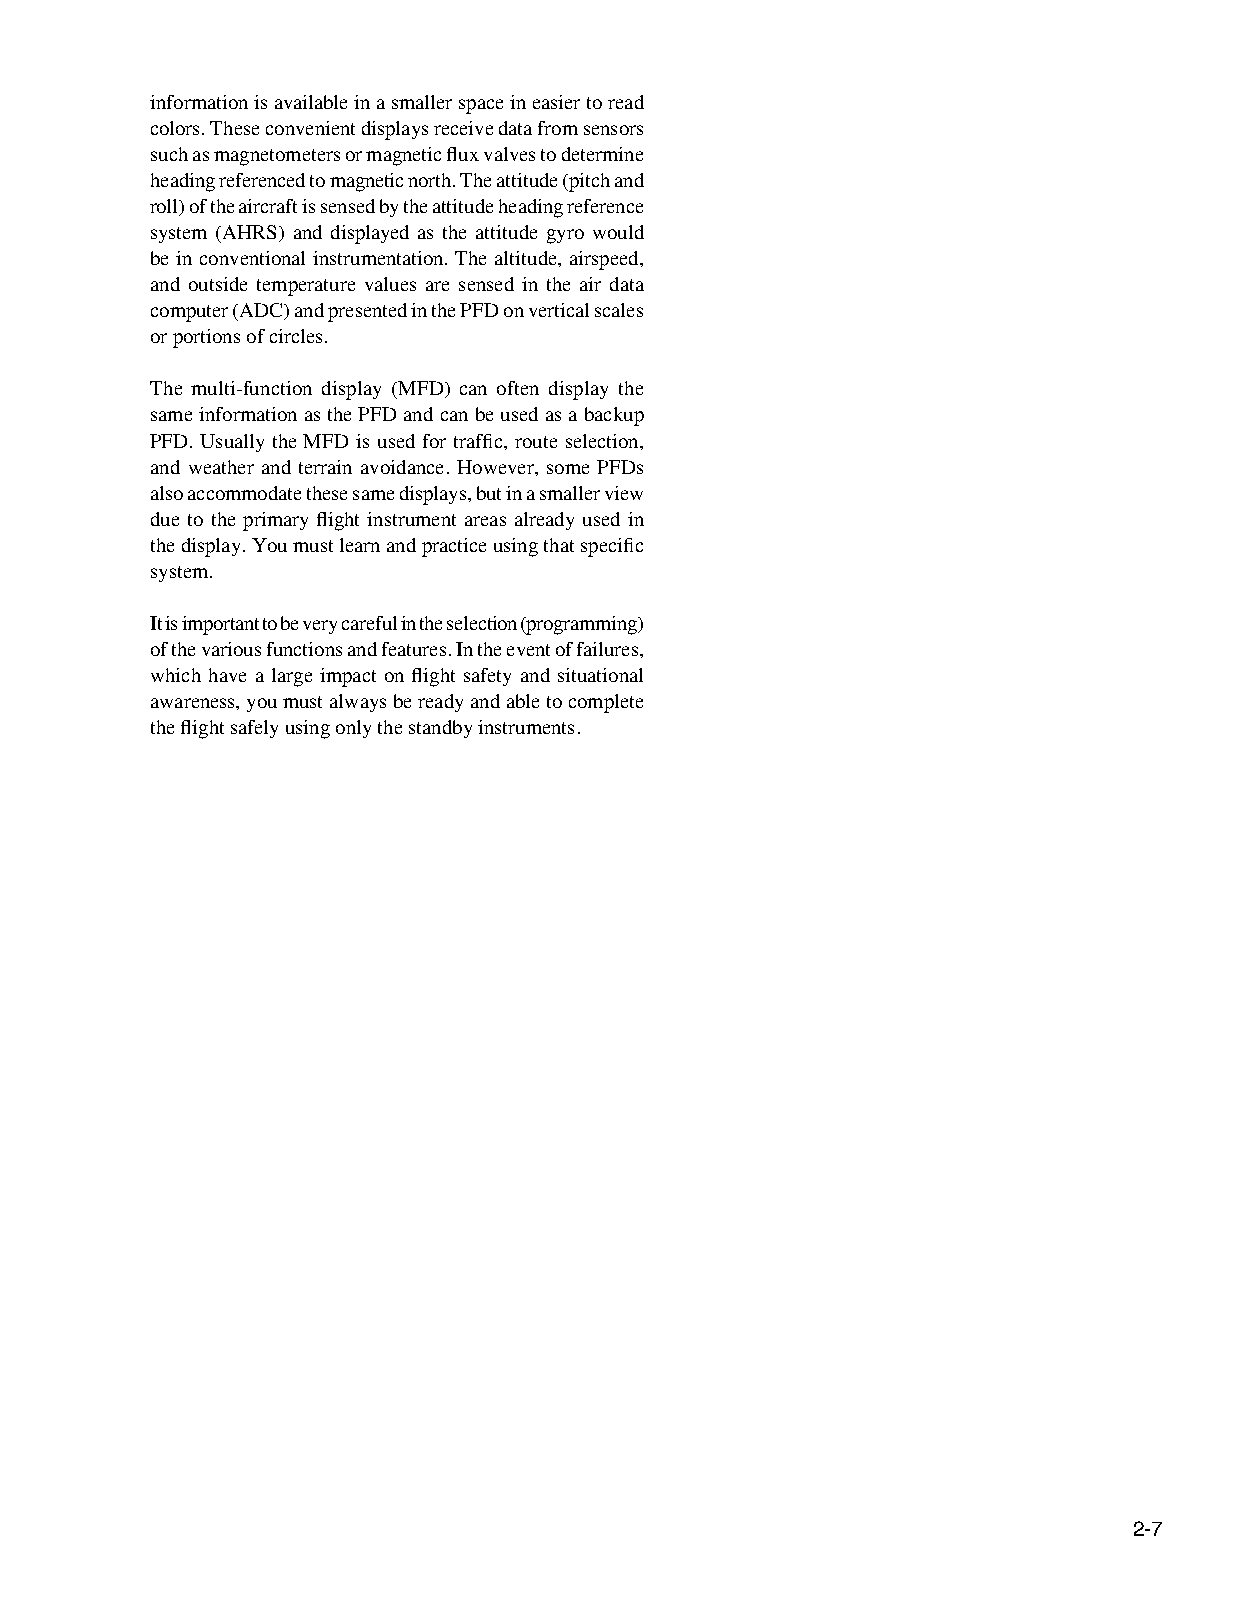
information is available in a smaller space in easier to read
 colors. These convenient displays receive data from sensors
 such as magnetometers or magnetic flux valves to determine
 heading referenced to magnetic north. The attitude (pitch and
 roll) of the aircraft is sensed by the attitude heading reference
 system (AHRS) and displayed as the attitude gyro would
 be in conventional instrumentation. The altitude, airspeed,
 and outside temperature values are sensed in the air data
 computer (ADC) and presented in the PFD on vertical scales
 or portions of circles.
 The multi‑function display (MFD) can often display the
 same information as the PFD and can be used as a backup
 PFD. Usually the MFD is used for traffic, route selection,
 and weather and terrain avoidance. However, some PFDs
 also accommodate these same displays, but in a smaller view
 due to the primary flight instrument areas already used in
 the display. You must learn and practice using that specific
 system.
 It is important to be very careful in the selection (programming)
 of the various functions and features. In the event of failures,
 which have a large impact on flight safety and situational
 awareness, you must always be ready and able to complete
 the flight safely using only the standby instruments.
 2-7